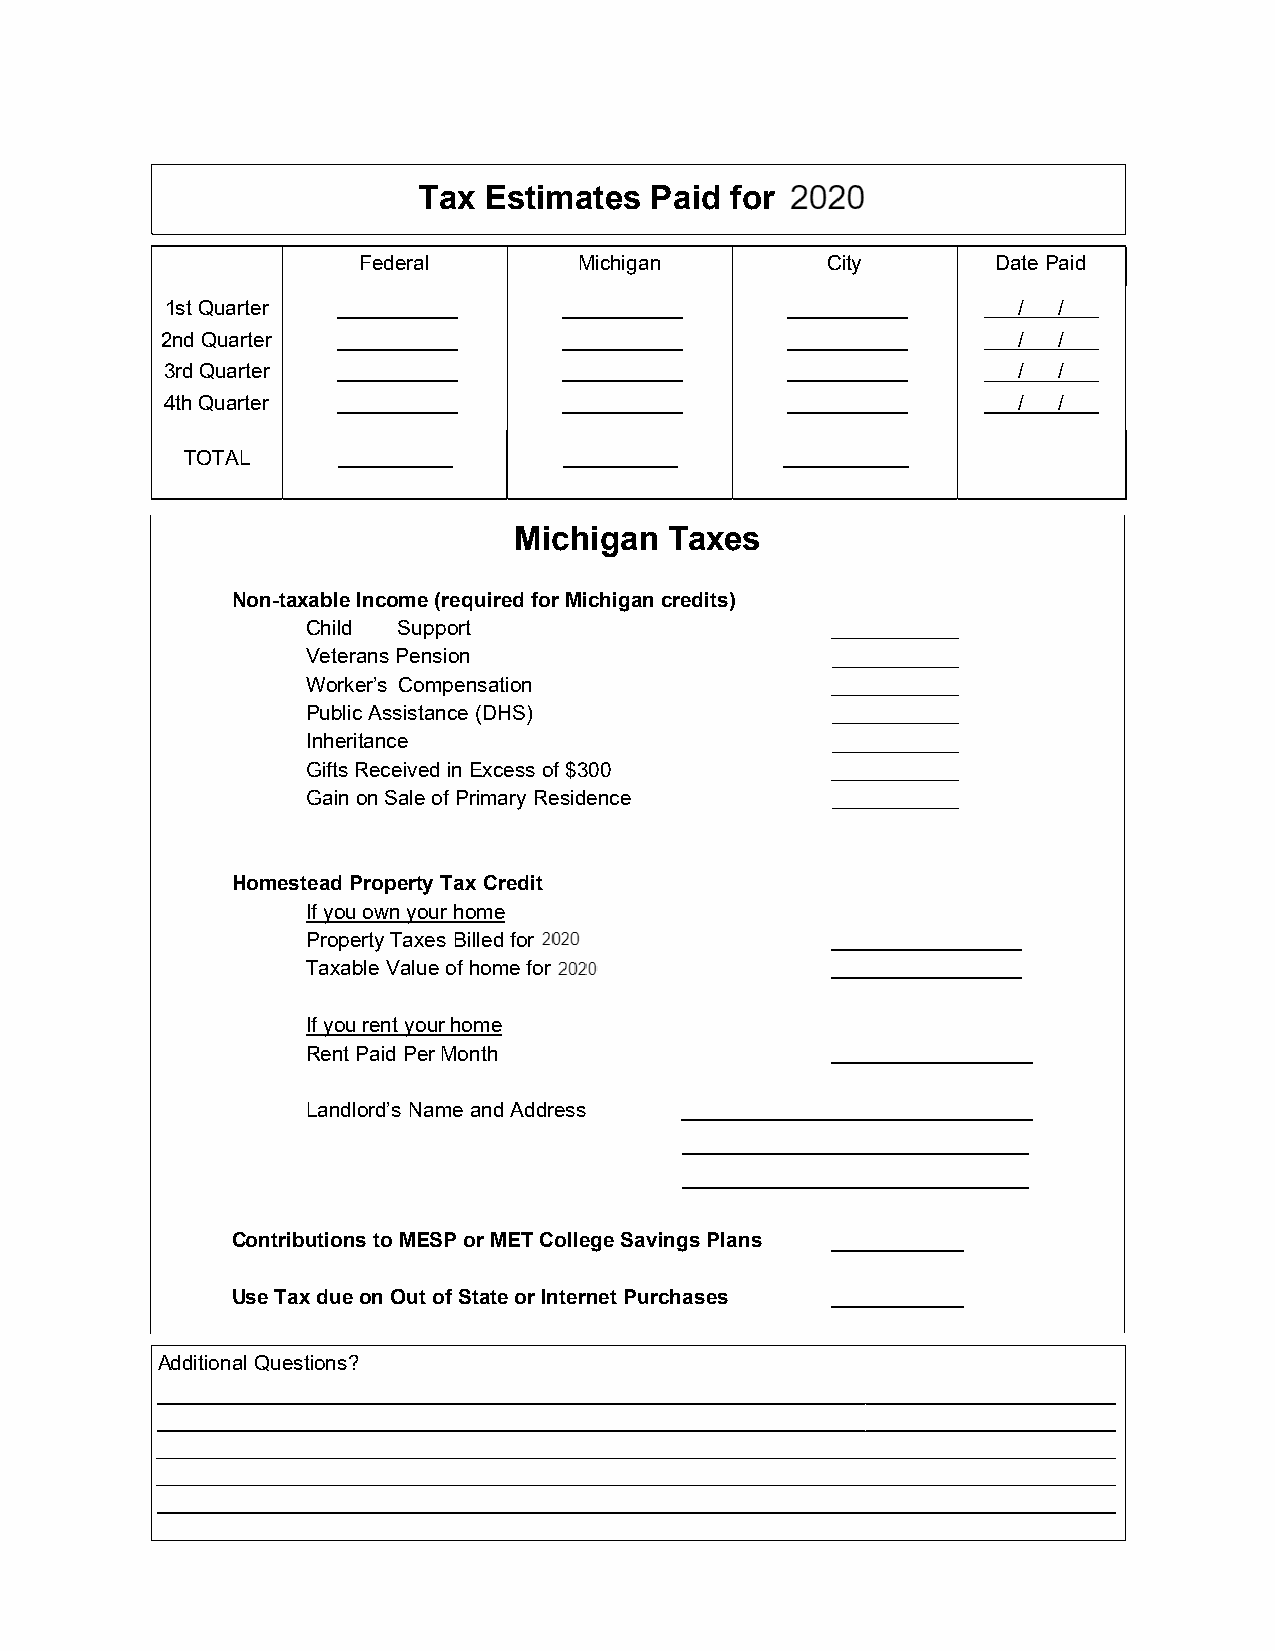
Tax Estimates  Paid for 2019
 Federal       Michigan         City       Date Paid
 1st Quarter                                             /  /
 2nd Quarter                                             /  /
 3rd Quarter                                             /  /
 4th Quarter                                             /  /
 TOTAL
 Michigan  Taxes
 Non-taxable Income (required for Michigan credits)
 Child Support
 Veterans Pension
 Worker’s Compensation
 Public Assistance (DHS)
 Inheritance
 Gifts Received in Excess of $300
 Gain on Sale of Primary Residence
 Homestead Property Tax Credit
 If you own your home
 Property Taxes Billed for 2019
 Taxable Value of home for 2019
 If you rent your home
 Rent Paid Per Month
 Landlord’s Name and Address
 Contributions to MESP or MET College Savings Plans
 Use Tax due on Out of State or Internet Purchases
 Additional Questions?